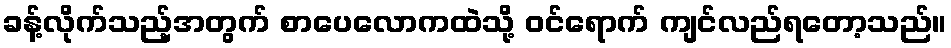
ခန့်လိုက်သည့်အတွက် စာပေလောကထဲသို့ ဝင်ရောက် ကျင်လည်ရတော့သည်။